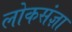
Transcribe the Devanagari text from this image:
लोकसंज्ञा